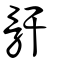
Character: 骭